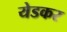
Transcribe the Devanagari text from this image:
येडकर